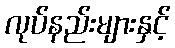
လုပ်နည်းများနှင့်